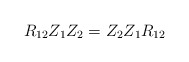
\begin{align*} R_{12}Z_1Z_2 = Z_2Z_1R_{12}\end{align*}